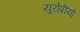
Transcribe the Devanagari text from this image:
यूरोपीयो